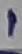
Text: 1